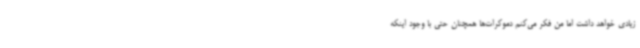
زیادی خواهد داشت اما من فکر می‌کنم دموکرات‌ها همچنان حتی با وجود اینکه